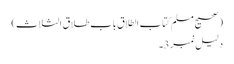
(صحیح مسلم کتاب الطلاق باب طلاق الثلاث)
دلیل نمبر 3۔